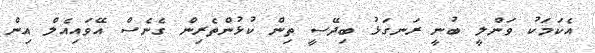
އެކަމަކު ވަންލީ ބުނީ ރަނގަޅު ބިދޭސީ ތިން ކުޅުންތެރިން ގެނެސް އޭވައިއެލް އިން